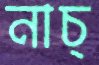
নাচ্